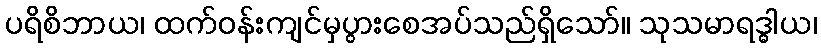
ပရိစိဘာယ၊ ထက်ဝန်းကျင်မှပွားစေအပ်သည်ရှိသော်။ သုသမာရဒ္ဓါယ၊